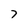
Character: 7